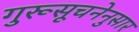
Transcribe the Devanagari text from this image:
गुरूसूचनेनुसार